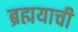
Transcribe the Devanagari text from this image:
ब्रह्मयाची